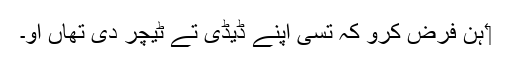
‏ ہُن فرض کرو کہ تُسی اپنے ڈیڈی تے ٹیچر دی تھاں او۔